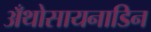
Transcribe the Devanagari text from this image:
अँथोसायनाडिन